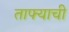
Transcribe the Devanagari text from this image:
ताफ्याची